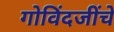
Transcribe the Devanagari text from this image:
गोविंदजींचे